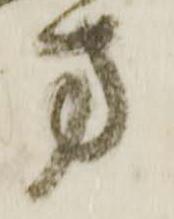
方